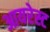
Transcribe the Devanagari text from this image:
आयरेस्ट